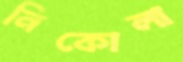
নিকোলা